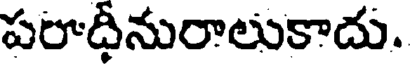
పరాధీనురాలుకాదు.